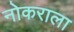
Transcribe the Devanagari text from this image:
नोकराला